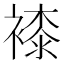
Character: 𧜝